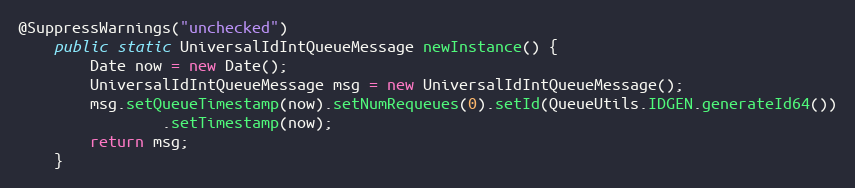
Language: Java
@SuppressWarnings("unchecked")
    public static UniversalIdIntQueueMessage newInstance() {
        Date now = new Date();
        UniversalIdIntQueueMessage msg = new UniversalIdIntQueueMessage();
        msg.setQueueTimestamp(now).setNumRequeues(0).setId(QueueUtils.IDGEN.generateId64())
                .setTimestamp(now);
        return msg;
    }